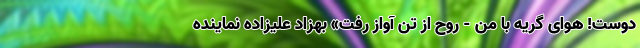
دوست! هوای گریه با من - روح از تن آواز رفت» بهزاد علیزاده نماینده